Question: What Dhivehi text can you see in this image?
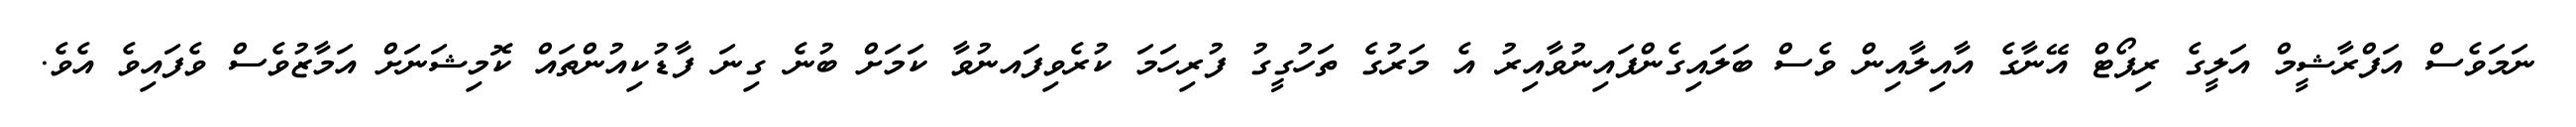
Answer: ނަމަވެސް އަފްރާޝީމް އަލީގެ ރިޕޯޓް އޭނާގެ އާއިލާއިން ވެސް ބަލައިގެންފައިނުވާއިރު އެ މަރުގެ ތަހުގީގު ފުރިހަމަ ކުރެވިފައނުވާ ކަމަށް ބުނެ ގިނަ ފާޑުކިއުންތައް ކޮމިޝަނަށް އަމާޒުވެސް ވެފައިވެ އެވެ.